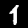
Digit: 1